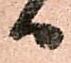
日